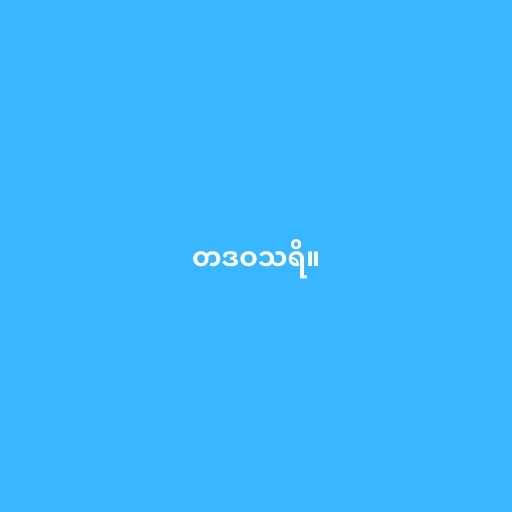
တဒဝသရိ။